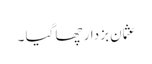
عثمان بزدار چھا گیا ۔